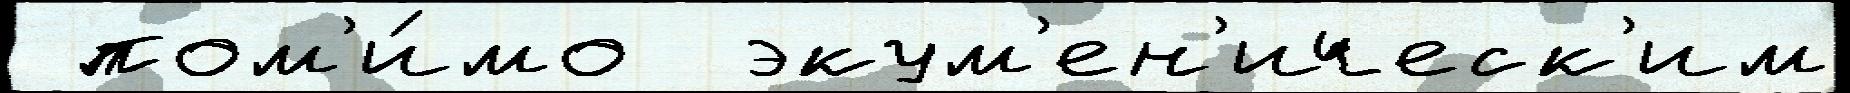
 пом'и́мо  экум'ен'ическ'им